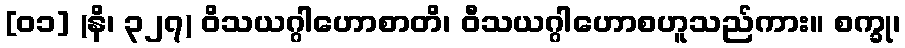
[၀၁] (နိ၊ ၃၂၇) ဝိသယဂ္ဂါဟောစာတိ၊ ဝီသယဂ္ဂါဟောစဟူသည်ကား။ စက္ခု၊